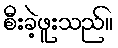
စီးခဲ့ဖူးသည်။